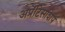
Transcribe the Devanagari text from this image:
अप्रेंटिसशिप